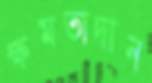
ক্ষমতাদান